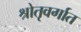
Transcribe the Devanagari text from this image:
श्रोतृवर्गात